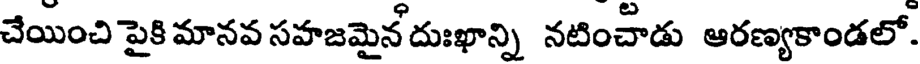
చేయించి పైకి మానవ సహజమైన దుఃఖాన్ని నటించాడు ఆరణ్యకాండలో.